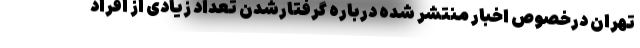
تهران درخصوص اخبار منتشر شده درباره گرفتارشدن تعداد زیادی از افراد